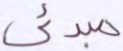
مبدئي